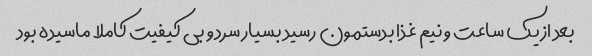
بعد از یک ساعت و نیم غذا بدستمون رسید بسیار سرد و بی کیفیت کاملا ماسیده بود